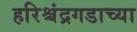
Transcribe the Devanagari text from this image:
हरिश्चंद्रगडाच्या